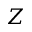
Z